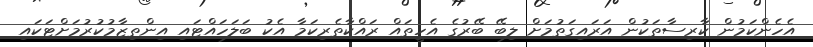
އެހެންކަމުން ކާރިސާތަކުން އަރައިގަތުމަށް ލިބޭ ބޭރުގެ އެހީތައް ރައްކާތެރިކަމާ އެކު ބަލަހައްޓައި އިންތިޒާމުކުރުމަށްޓަކައި